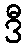
ဒီ